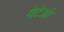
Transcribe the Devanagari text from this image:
मेटेओ